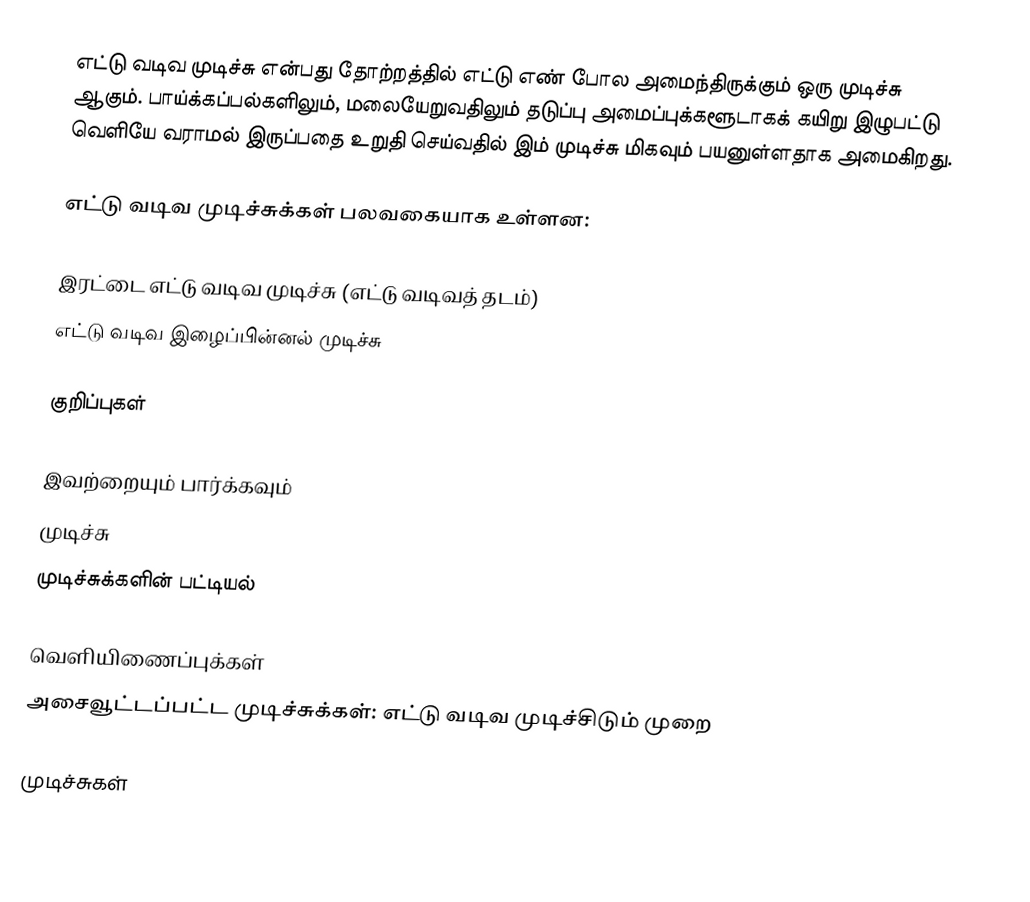
எட்டு வடிவ முடிச்சு என்பது தோற்றத்தில் எட்டு எண் போல அமைந்திருக்கும் ஒரு முடிச்சு ஆகும். பாய்க்கப்பல்களிலும், மலையேறுவதிலும் தடுப்பு அமைப்புக்களூடாகக் கயிறு இழுபட்டு வெளியே வராமல் இருப்பதை உறுதி செய்வதில் இம் முடிச்சு மிகவும் பயனுள்ளதாக அமைகிறது.

எட்டு வடிவ முடிச்சுக்கள் பலவகையாக உள்ளன:

 இரட்டை எட்டு வடிவ முடிச்சு (எட்டு வடிவத் தடம்)
 எட்டு வடிவ இழைப்பின்னல் முடிச்சு

குறிப்புகள்

இவற்றையும் பார்க்கவும்
 முடிச்சு
 முடிச்சுக்களின் பட்டியல்

வெளியிணைப்புக்கள்
அசைவூட்டப்பட்ட முடிச்சுக்கள்: எட்டு வடிவ முடிச்சிடும் முறை

முடிச்சுகள்